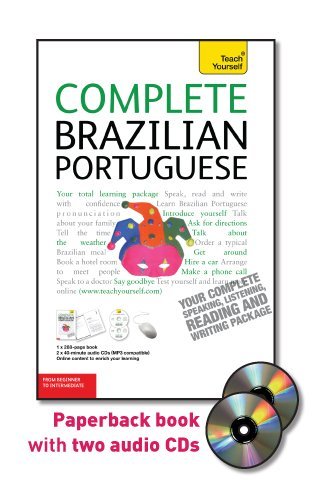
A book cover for Complete Brazilian Portuguese with Two Audio CDs: A Teach Yourself Guide (Teach Yourself Language); Sue Tyson-Ward; Travel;